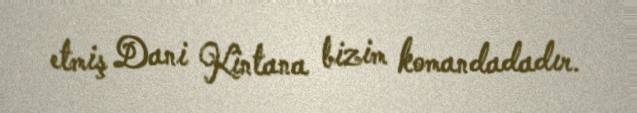
etmiş Dani Kintana bizim komandadadır.